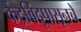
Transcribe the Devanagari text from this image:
केंद्रबिंदूपासूनचे